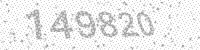
Solution: 149820